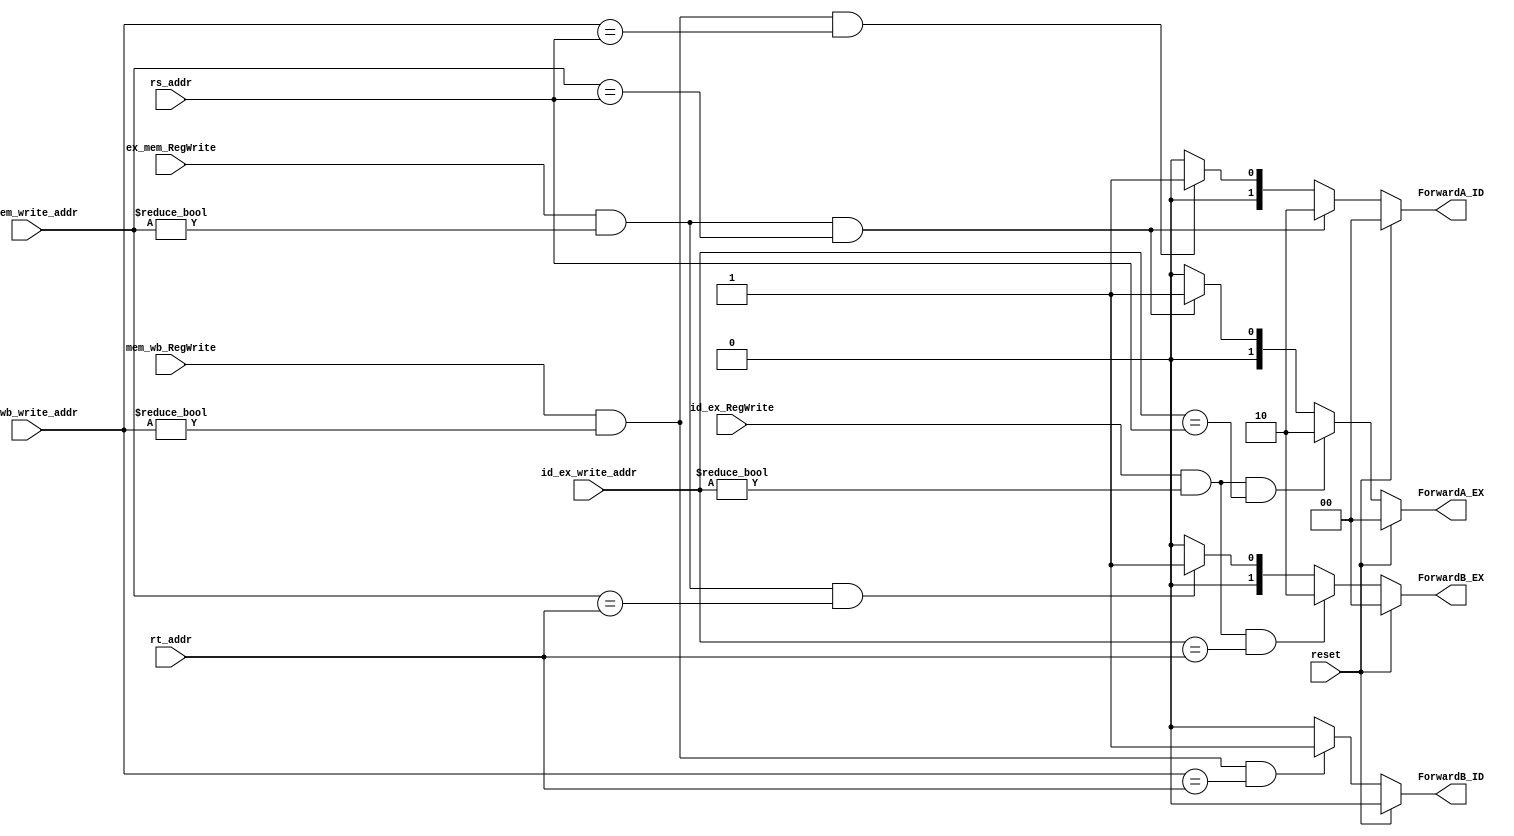
module ForwardControl(
         reset, rs_addr, rt_addr,
         id_ex_RegWrite, id_ex_write_addr,
         ex_mem_RegWrite, ex_mem_write_addr,
         mem_wb_RegWrite, mem_wb_write_addr,
         ForwardA_ID, ForwardB_ID, ForwardA_EX, ForwardB_EX
       );
input reset;
input [4:0] rs_addr;
input [4:0] rt_addr;
input id_ex_RegWrite;
input [4:0] id_ex_write_addr;
input ex_mem_RegWrite;
input [4:0] ex_mem_write_addr;
input mem_wb_RegWrite;
input [4:0] mem_wb_write_addr;
output reg [1:0] ForwardA_ID;
output reg ForwardB_ID;
output reg [1:0] ForwardA_EX;
output reg [1:0] ForwardB_EX;

always @ (*)
  begin
    if (~reset)
      begin
        // Forwarding for ID stage
        if (
          ex_mem_RegWrite
          && (ex_mem_write_addr != 0)
          && (ex_mem_write_addr == rs_addr)
        )
          ForwardA_ID = 2'b10;
        else if (
          mem_wb_RegWrite
          && (mem_wb_write_addr != 0)
          && (mem_wb_write_addr == rs_addr)
        )
          ForwardA_ID = 2'b01;
        else
          ForwardA_ID = 2'b00;

        // There is no need to forward for rt from ex_mem during ID,
        // because that will be done in EX
        if (
          mem_wb_RegWrite
          && (mem_wb_write_addr != 0)
          && (mem_wb_write_addr == rt_addr)
        )
          ForwardB_ID = 1;
        else
          ForwardB_ID = 0;

        // Forwarding for EX stage
        if (
          id_ex_RegWrite
          && (id_ex_write_addr != 0)
          && (id_ex_write_addr == rs_addr)
        )
          ForwardA_EX = 2'b10;
        else if (
          ex_mem_RegWrite
          && (ex_mem_write_addr != 0)
          && (ex_mem_write_addr == rs_addr)
        )
          ForwardA_EX = 2'b01;
        else
          ForwardA_EX = 2'b00;

        if (
          id_ex_RegWrite
          && (id_ex_write_addr != 0)
          && (id_ex_write_addr == rt_addr)
        )
          ForwardB_EX = 2'b10;
        else if (
          ex_mem_RegWrite
          && (ex_mem_write_addr != 0)
          && (ex_mem_write_addr == rt_addr)
        )
          ForwardB_EX = 2'b01;
        else
          ForwardB_EX = 2'b00;

      end
    else
      begin
        ForwardA_ID = 2'b00;
        ForwardB_ID = 0;
        ForwardA_EX = 2'b00;
        ForwardB_EX = 2'b00;
      end
  end

endmodule